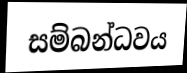
සම්බන්ධවය